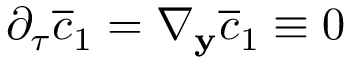
\partial _ { \tau } \overline { c } _ { 1 } = \nabla _ { \mathbf y } \overline { c } _ { 1 } \equiv 0